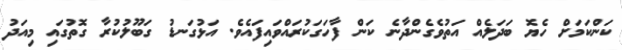
ކަންކަމަށް ހެޔޮ ބަދަލެއް އަތުވެގެންދާނެ ކަން ފާހަގަކުރައްވައިފައެވެ. އަޅުގަނޑު ގަބޫލުކުރާ ގޮތުގައި މިއަދު